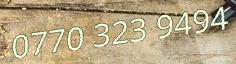
0770 323 9494